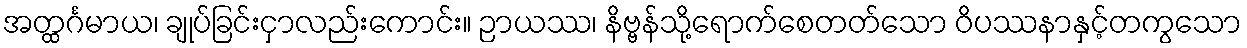
အတ္ထင်္ဂမာယ၊ ချုပ်ခြင်းငှာလည်းကောင်း။ ဉာယဿ၊ နိဗ္ဗန်သို့ရောက်စေတတ်သော ဝိပဿနာနှင့်တကွသော